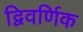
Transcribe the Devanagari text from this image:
द्विवर्णिक